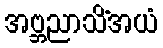
အဗ္ဘညာသိံအယံ